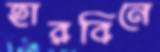
হারবিনে